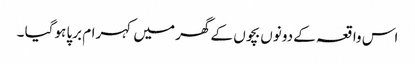
اس واقعہ کے دونوں بچوں کے گھر میں کہرام برپا ہوگیا ۔